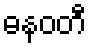
ဓနဝတီ